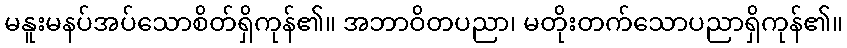
မနူးမနပ်အပ်သောစိတ်ရှိကုန်၏။ အဘာဝိတပညာ၊ မတိုးတက်သောပညာရှိကုန်၏။